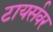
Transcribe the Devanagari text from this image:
टायर्सवर